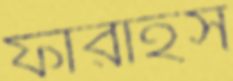
ফারাহস